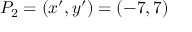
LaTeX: P _ { 2 } = ( x ^ { \prime } , y ^ { \prime } ) = ( - 7 , 7 )